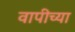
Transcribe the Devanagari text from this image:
वापीच्या